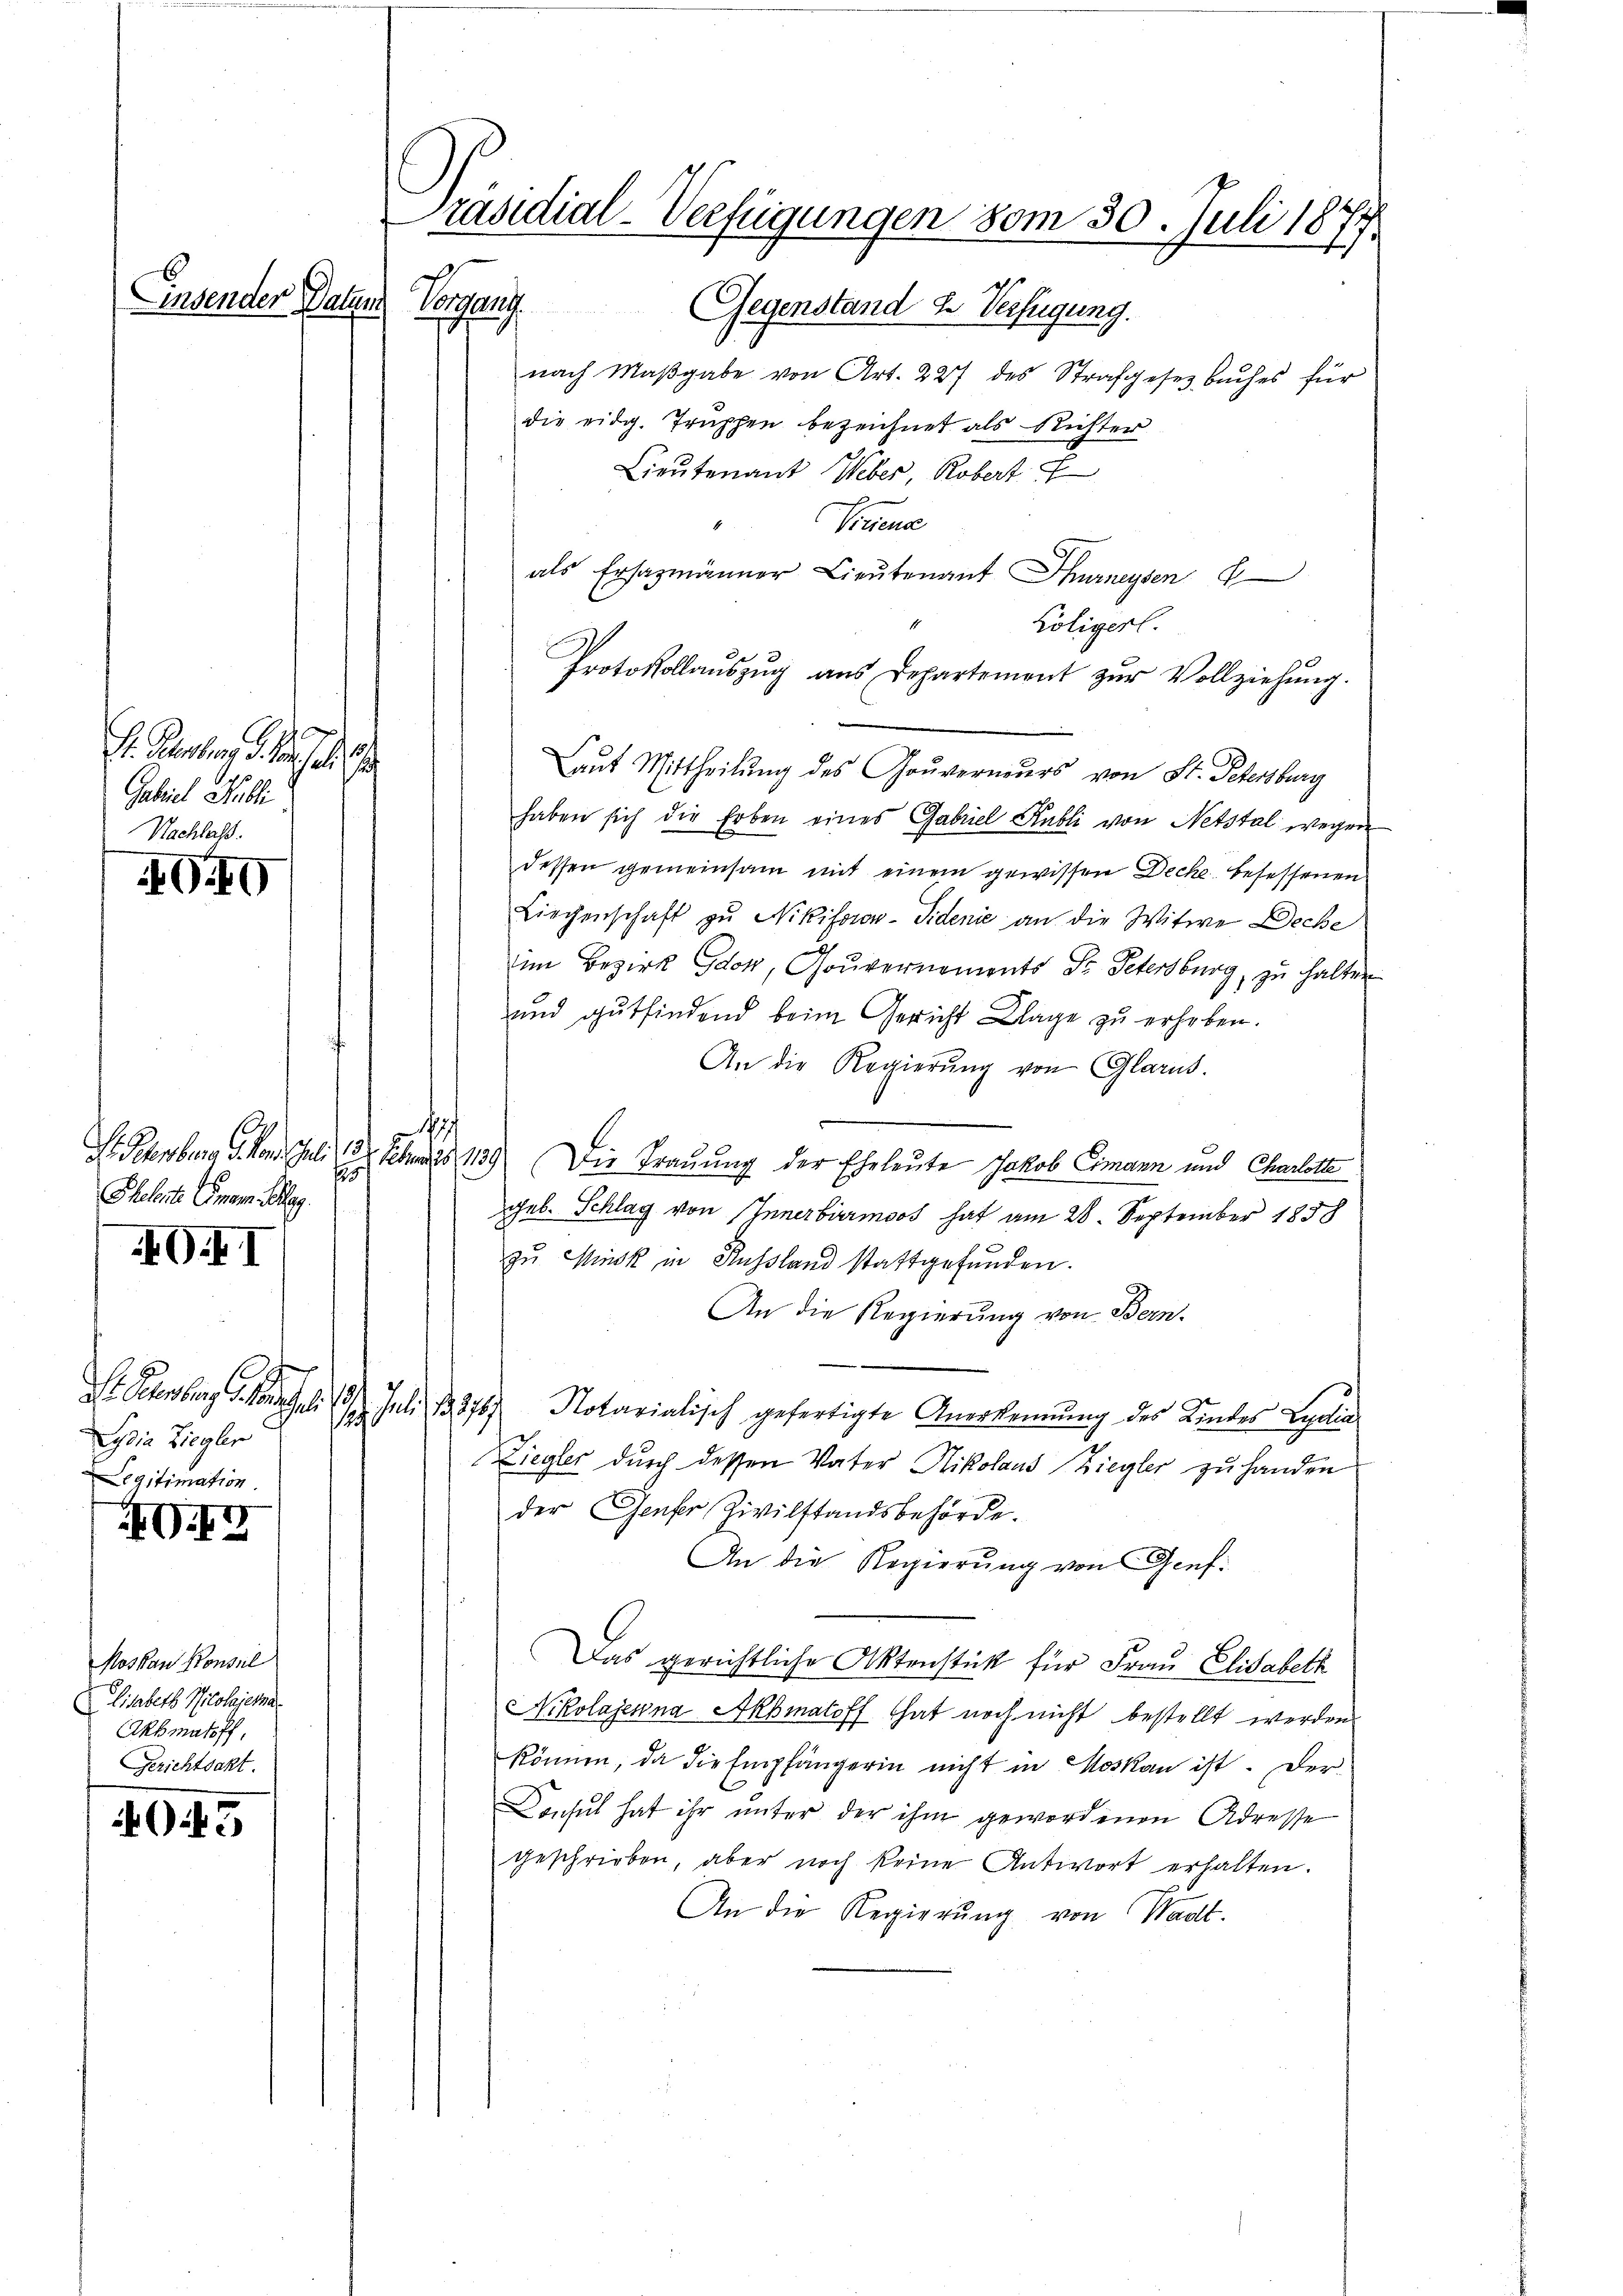
S. Parten d. d. Js.
Gabiel Publi
Nachlass.

G.9

17
s
Eheleute Eman. Klag

AGI

Lydia Ziegler
Legitimation

G.

Moskau Konsul
Lisabeth Nicolajema
Akkmatoff,
Gerichtsakt.

4045

Präsidial-Verfügungen vom 30. Juli 1877.
Einsender Paters Vorgang
Gegenstand u. Verfügung.

nach Maβgabe von Art. 227 des Strafgesetzbuches für
die eidg. Truppen bezeichnet als Richter
Lieutenant Weber, Robert
Vorene
als Ersazmänner Lieŭtenant Thurneysen
Köligerl.
Protokollaŭszŭg ans Departement zŭr Vollziehŭng.
Laut Mittheilung des Gouverneurs von St. Petersburg
haben sich die Erben eines Gabriel Kubli von Netstal wegen
dessen gemeinsam mit einem gewissen Decke besessenen
Liechenschaft zu Nikiforon-Sidenie an die Witwe Deche
d
im Bezirk Gdok, Gouvernoments Sr. Petersburg, zu halten
und gutfindend beim Gericht Klage zu erheben.
An die Regierŭng von Glarus.
S. Petenburg d. Mon. Juli 18. Febr. 139. Die Trauung der Eheleute Jakob Cimann und Charlotte
geb. Schlag von Innerbärmoos hat am 28. September 1858
zu Minik in Russland stattgefunden.
An die Regierŭng von Bern.
S. Peenburg . . 19. Juli 1875) Notarialisch gefertigte Anerkennung des Kinder Legali
.
Ziegler durch dessen Vater Nikolaus Ziegler zu handen
der Genfer Zivilstandsbehörde.
An die Regierung von Gief¬
Das gerichtliche Aktenstück für Frau Elisabeth
Nikolajenna Akbmaloff hat noch nicht bestellt werden.
können, da die Empfängerin nicht in Moskau ist. Der
Consul hat ihr unter der ihm gewordenen Adresse
geschrieben, aber noch keine Antwort erhalten.
An die Regierŭng von Wadt.